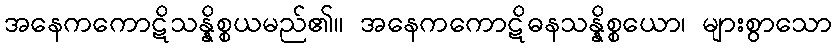
အနေကကောဋိသန္နိစ္စယမည်၏။ အနေကကောဋိဓနသန္နိစ္စယော၊ များစွာသော